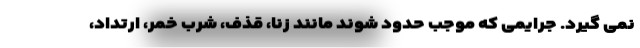
نمی گیرد. جرایمی که موجب حدود شوند مانند زنا، قذف، شرب خمر، ارتداد،